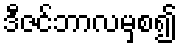
ဒီဇင်ဘာလမှစ၍